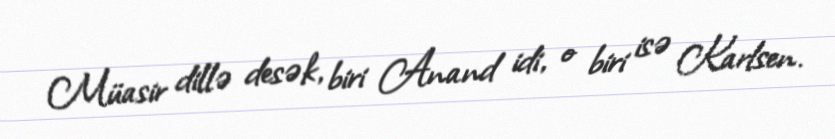
Müasir dillə desək, biri Anand idi, o biri isə Karlsen.